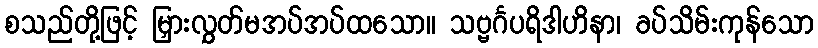
စသည်တို့ဖြင့် မြှားလွှတ်မအပ်အပ်ထသော။ သဗ္ဗင်္ဂပရိဒါဟိနာ၊ ခပ်သိမ်းကုန်သော